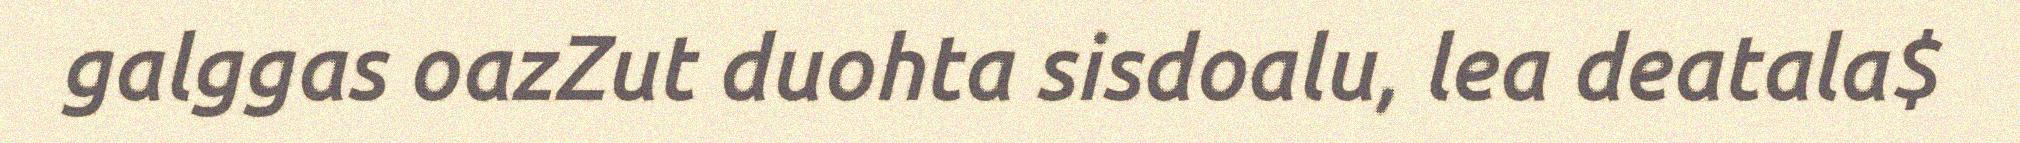
galggas oazZut duohta sisdoalu, lea deatala$